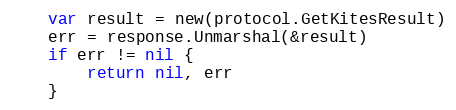
Language: Go
	var result = new(protocol.GetKitesResult)
	err = response.Unmarshal(&result)
	if err != nil {
		return nil, err
	}